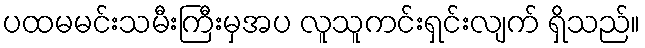
ပထမမင်းသမီးကြီးမှအပ လူသူကင်းရှင်းလျက် ရှိသည်။